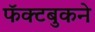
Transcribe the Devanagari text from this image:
फॅक्टबुकने